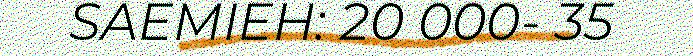
SAEMIEH: 20 000- 35